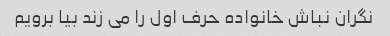
نگران نباش خانواده حرف اول را می زند بیا برویم